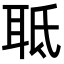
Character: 𦕑